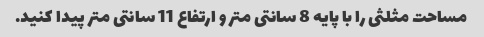
مساحت مثلثی را با پایه 8 سانتی متر و ارتفاع 11 سانتی متر پیدا کنید.